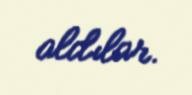
aldılar.